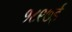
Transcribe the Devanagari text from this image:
१८९७ई